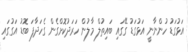
އަޅުގަޑު ހުންނާނީ އަޅުގަޑު ގޭގައި ބައިތުލް މާލުން ހަރަދުކޮށްގެން ގެހަދާފަ ބޮޑު އަގުގައި